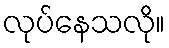
လုပ်နေသလို။